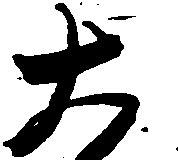
大